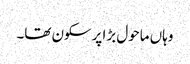
وہاں ماحول بڑا پرسکون تھا۔